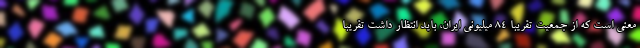
معنی است که از جمعیت تقریبا ۸۴ میلیونی ایران، باید انتظار داشت تقریبا